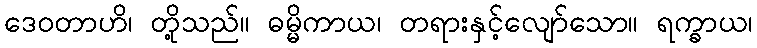
ဒေဝတာဟိ၊ တို့သည်။ ဓမ္မိကာယ၊ တရားနှင့်လျော်သော။ ရက္ခာယ၊